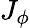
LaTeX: J_{\phi}